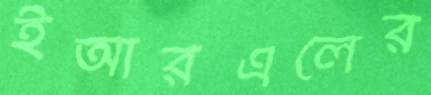
ইআরএলের